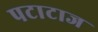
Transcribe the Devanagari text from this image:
पटाटाज